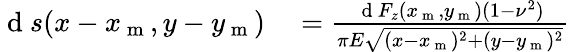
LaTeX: \begin{array}{rl}{\mathrm{~d~}s(x-x_{\mathrm{~m~}},y-y_{\mathrm{~m~}})}&{{}=\frac{\mathrm{~d~}F_{z}(x_{\mathrm{~m~}},y_{\mathrm{~m~}})(1-\nu^{2})}{\pi E\sqrt{(x-x_{\mathrm{~m~}})^{2}+(y-y_{\mathrm{~m~}})^{2}}}}\end{array}